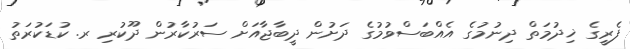
ފެރީގެ ޚިދުމަތް ދިނުމުގެ އެއްބަސްވުމުގެ ދަށުން ދީބާޖާއަށް ސަރުކާރުން ދޫކުރި ރ. ކުޑަކުރަތު